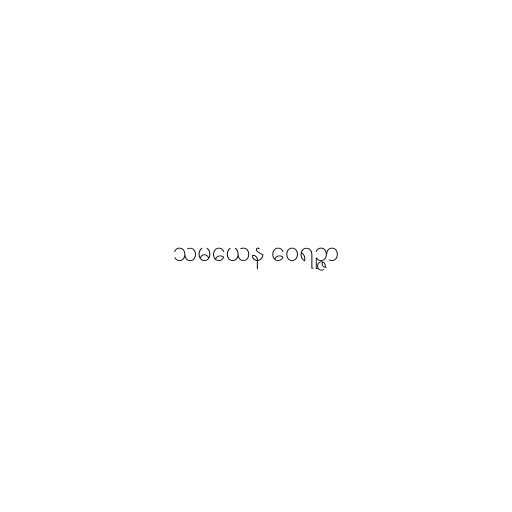
သမယေန ဝေရဉ္ဇာ